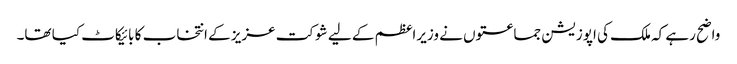
واضح رہے کہ ملک کی اپوزیشن جماعتوں نے وزیراعظم کے لیے شوکت عزیز کے انتخاب کا بائیکاٹ کیا تھا۔